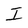
Character: I